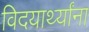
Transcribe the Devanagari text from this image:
विदयार्थ्यांना